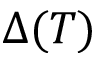
\Delta ( T )